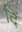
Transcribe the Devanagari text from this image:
दिं